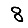
Digit: 8